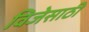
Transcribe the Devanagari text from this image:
विजेसाठी